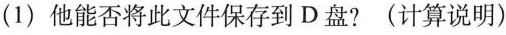
(1)他能否将此文件保存到D盘?(计算说明)